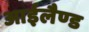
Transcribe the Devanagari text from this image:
आईलैण्‍ड